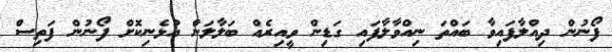
ފޯނުން ދިއްލާފައިވާ ބައްތަ ނިއްވާލާފައި ގަޑިން ވީއިރެއް ބަލާލަން އުޅެނިކޮށް ފޯނުން ފަތިސް